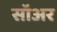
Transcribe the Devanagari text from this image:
सॉअर